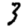
Digit: 3